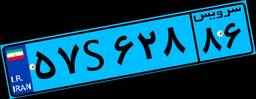
۵۷S۶۲۸۸۶